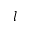
l